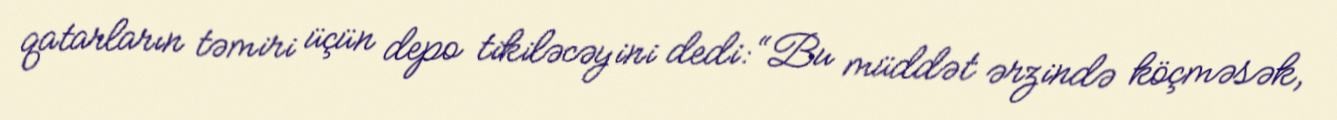
qatarların təmiri üçün depo tikiləcəyini dedi: “Bu müddət ərzində köçməsək,